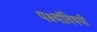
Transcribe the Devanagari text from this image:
पक्ष्यांविषयी